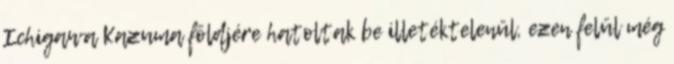
Ichigawa Kazuma földjére hatoltak be illetéktelenül, ezen felül még